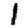
Digit: 1